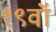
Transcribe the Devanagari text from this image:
१९वॉ